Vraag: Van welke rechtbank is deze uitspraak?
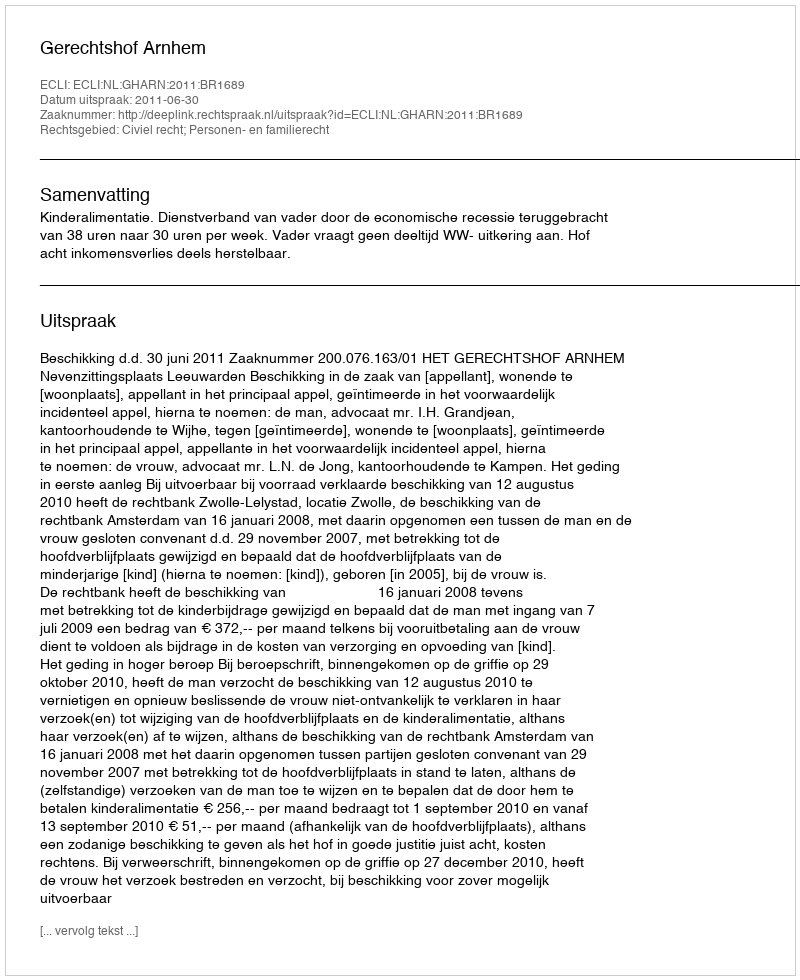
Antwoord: Gerechtshof Arnhem